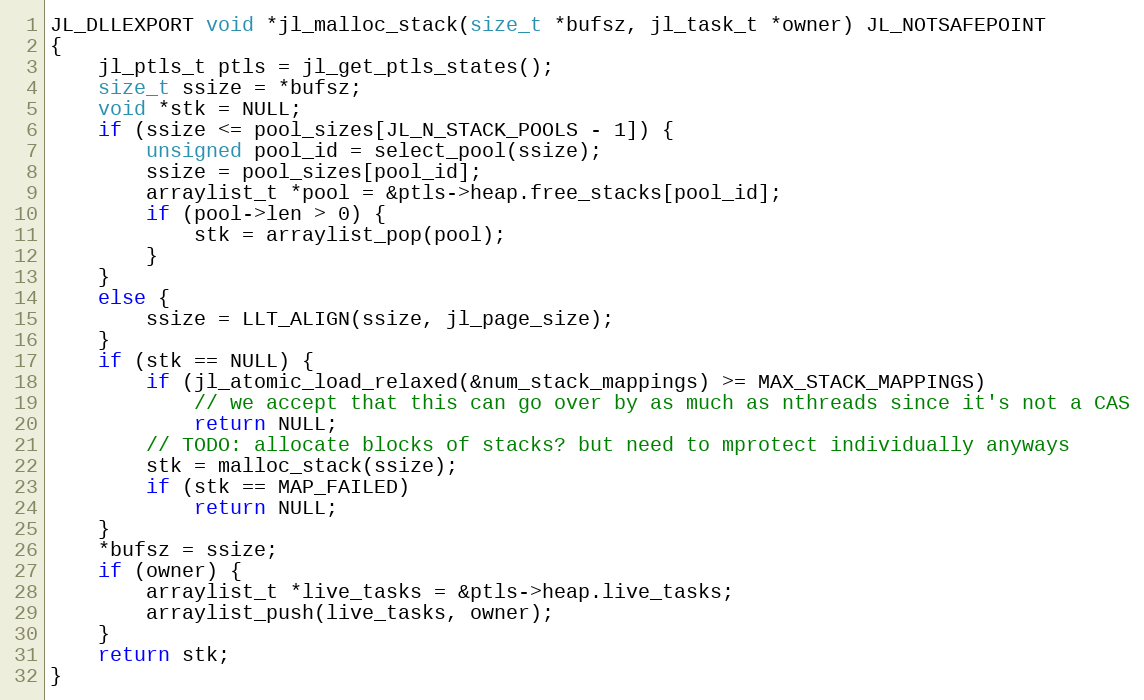
Language: C
JL_DLLEXPORT void *jl_malloc_stack(size_t *bufsz, jl_task_t *owner) JL_NOTSAFEPOINT
{
    jl_ptls_t ptls = jl_get_ptls_states();
    size_t ssize = *bufsz;
    void *stk = NULL;
    if (ssize <= pool_sizes[JL_N_STACK_POOLS - 1]) {
        unsigned pool_id = select_pool(ssize);
        ssize = pool_sizes[pool_id];
        arraylist_t *pool = &ptls->heap.free_stacks[pool_id];
        if (pool->len > 0) {
            stk = arraylist_pop(pool);
        }
    }
    else {
        ssize = LLT_ALIGN(ssize, jl_page_size);
    }
    if (stk == NULL) {
        if (jl_atomic_load_relaxed(&num_stack_mappings) >= MAX_STACK_MAPPINGS)
            // we accept that this can go over by as much as nthreads since it's not a CAS
            return NULL;
        // TODO: allocate blocks of stacks? but need to mprotect individually anyways
        stk = malloc_stack(ssize);
        if (stk == MAP_FAILED)
            return NULL;
    }
    *bufsz = ssize;
    if (owner) {
        arraylist_t *live_tasks = &ptls->heap.live_tasks;
        arraylist_push(live_tasks, owner);
    }
    return stk;
}